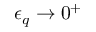
\epsilon _ { q } \rightarrow 0 ^ { + }